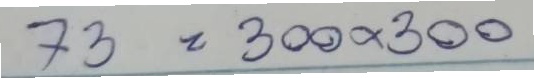
73 = 300x300